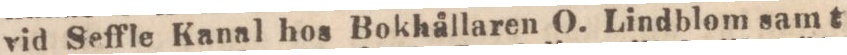
vid Seffle Kanal hos Bokhållaren O. Lindblom samt